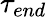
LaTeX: \tau_{end}